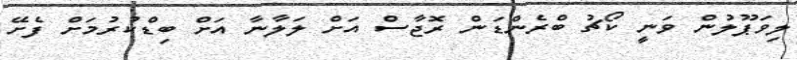
ލިވަޕޫލުން ވަނީ ކޯޗު ބްރެންޑަން ރޮޖާސް އަށް ލަލާނާ އަށް ބިޑްކުރުމަށް ފެށޭ